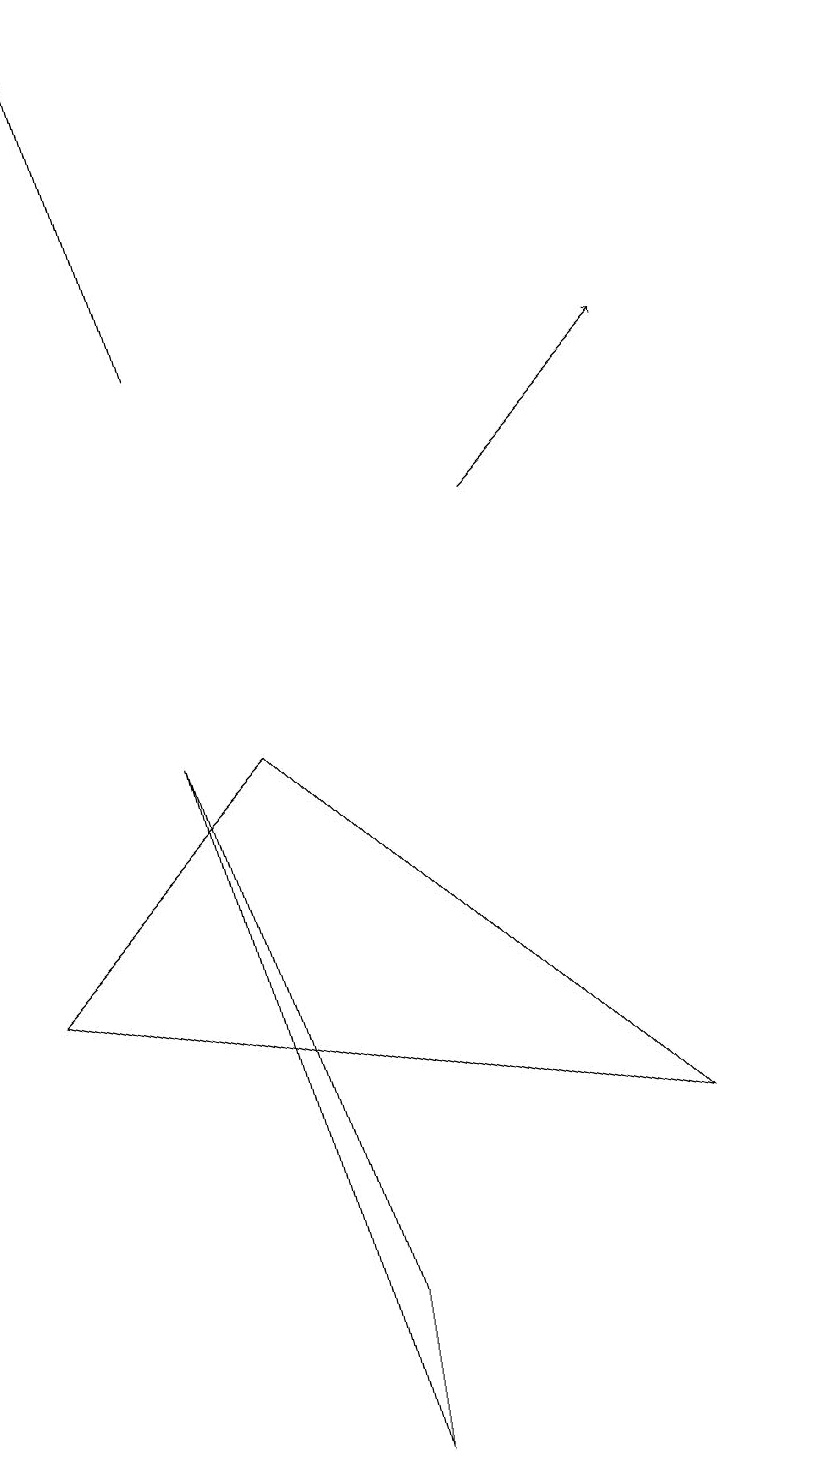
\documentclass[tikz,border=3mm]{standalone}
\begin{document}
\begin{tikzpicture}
\draw[->] (6,12) -- (8,14);
\draw[->] (2,14) -- (1,18);
\draw (0,6) -- (3,9) -- (8,4) -- cycle;
\draw (10,11) circle (0);
\draw (2,9) -- (4,2) -- (4,0) -- cycle;
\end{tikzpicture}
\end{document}